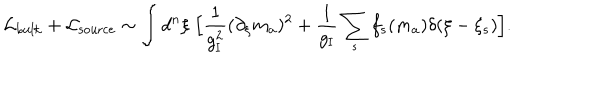
{ \cal L } _ { \mathrm { b u l k } } + { \cal L } _ { \mathrm { s o u r c e } } \sim \int d ^ { n } \xi \; \Bigl [ { \frac { 1 } { g _ { \mathrm { I } } ^ { 2 } } } ( \partial _ { \xi } m _ { a } ) ^ { 2 } + { \frac { 1 } { g _ { \mathrm { I } } } } \sum _ { s } f _ { s } ( m _ { a } ) \delta ( \xi - \xi _ { s } ) \Bigr ] .